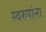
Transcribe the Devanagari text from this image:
स्वरुपांना